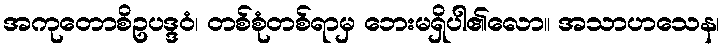
အကုတောစိဥပဒ္ဒဝံ၊ တစ်စုံတစ်ရာမှ ဘေးမရှိပါ၏လော။ အသာဟသေန၊